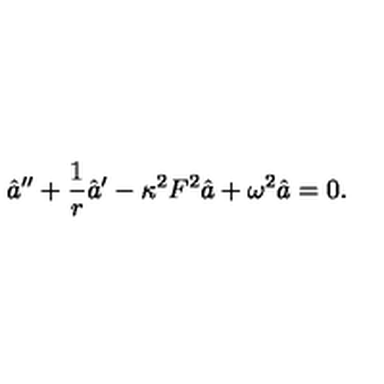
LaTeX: \hat { a } ^ { \prime \prime } + \frac { 1 } { r } \hat { a } ^ { \prime } - \kappa ^ { 2 } F ^ { 2 } \hat { a } + \omega ^ { 2 } \hat { a } = 0 .